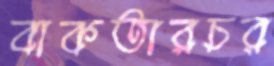
বাকতারচর